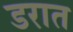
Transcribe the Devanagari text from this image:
डरात